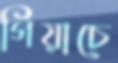
গিয়াচে